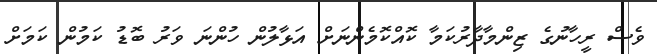
ވެސް ރީހާނުގެ ޒިންމާދާރުކަމާ ކޮއްކޮމެންނަށް އަޅާލުން ހުންނަ ވަރު ބޮޑު ކަމުން ކަމަށް